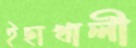
ইছাখালী